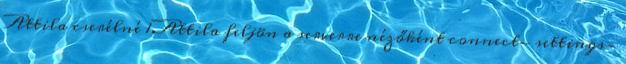
Attila cserélné 1.Attila feljön a serverre nézőként connect- settings-